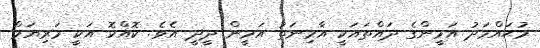
މުޙައްމަދު އަމީންގެ ދައްތައަކީ އާމިނަތު އަމީން ދީދީ އެވެ. ކޮއްކޮ އަކީ މަރިޔަމް